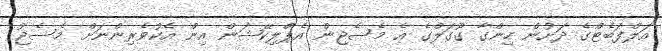
އަލްފަބެޓްގެ ދަށުން ހިންގާ ގޫގަލްގެ އެ މެސެޖިން އެޕްލިކޭޝަން އިން އެކުވެރިންނަށް މެސެޖު